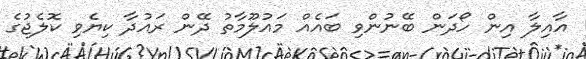
އާއިލާ އިން ހޯދަން ބޭނުންވި ބައެއް މައުލޫމާތު ދޭން ރައުދާ ކިޔެވި ކޮލެޖުގެ